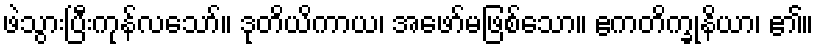
ဖဲသွားပြီးကုန်လသော်။ ဒုတိယိကာယ၊ အဖော်မဖြစ်သော။ ဧကတိက္ခုနိယာ၊ ၏။